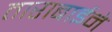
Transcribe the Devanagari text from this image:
ताराबाईने